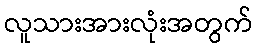
လူသားအားလုံးအတွက်